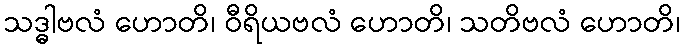
သဒ္ဓါဗလံ ဟောတိ၊ ဝီရိယဗလံ ဟောတိ၊ သတိဗလံ ဟောတိ၊